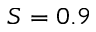
S = 0 . 9